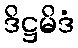
ဒိဋ္ဌမိဒံ